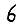
Digit: 6